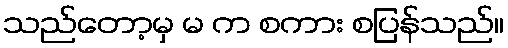
သည်တော့မှ မ က စကား စပြန်သည်။